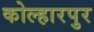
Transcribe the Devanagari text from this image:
कोल्हारपुर